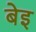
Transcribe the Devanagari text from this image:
बेइ